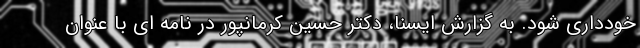
خودداری شود. به گزارش ایسنا، دکتر حسین کرمانپور در نامه ای با عنوان